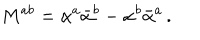
LaTeX: M ^ { a b } = \alpha ^ { a } \bar { \alpha } ^ { b } - \alpha ^ { b } \bar { \alpha } ^ { a } \, .